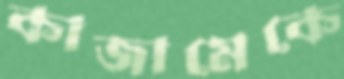
কাজামেকে